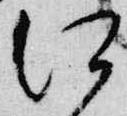
江